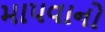
માપવાનો